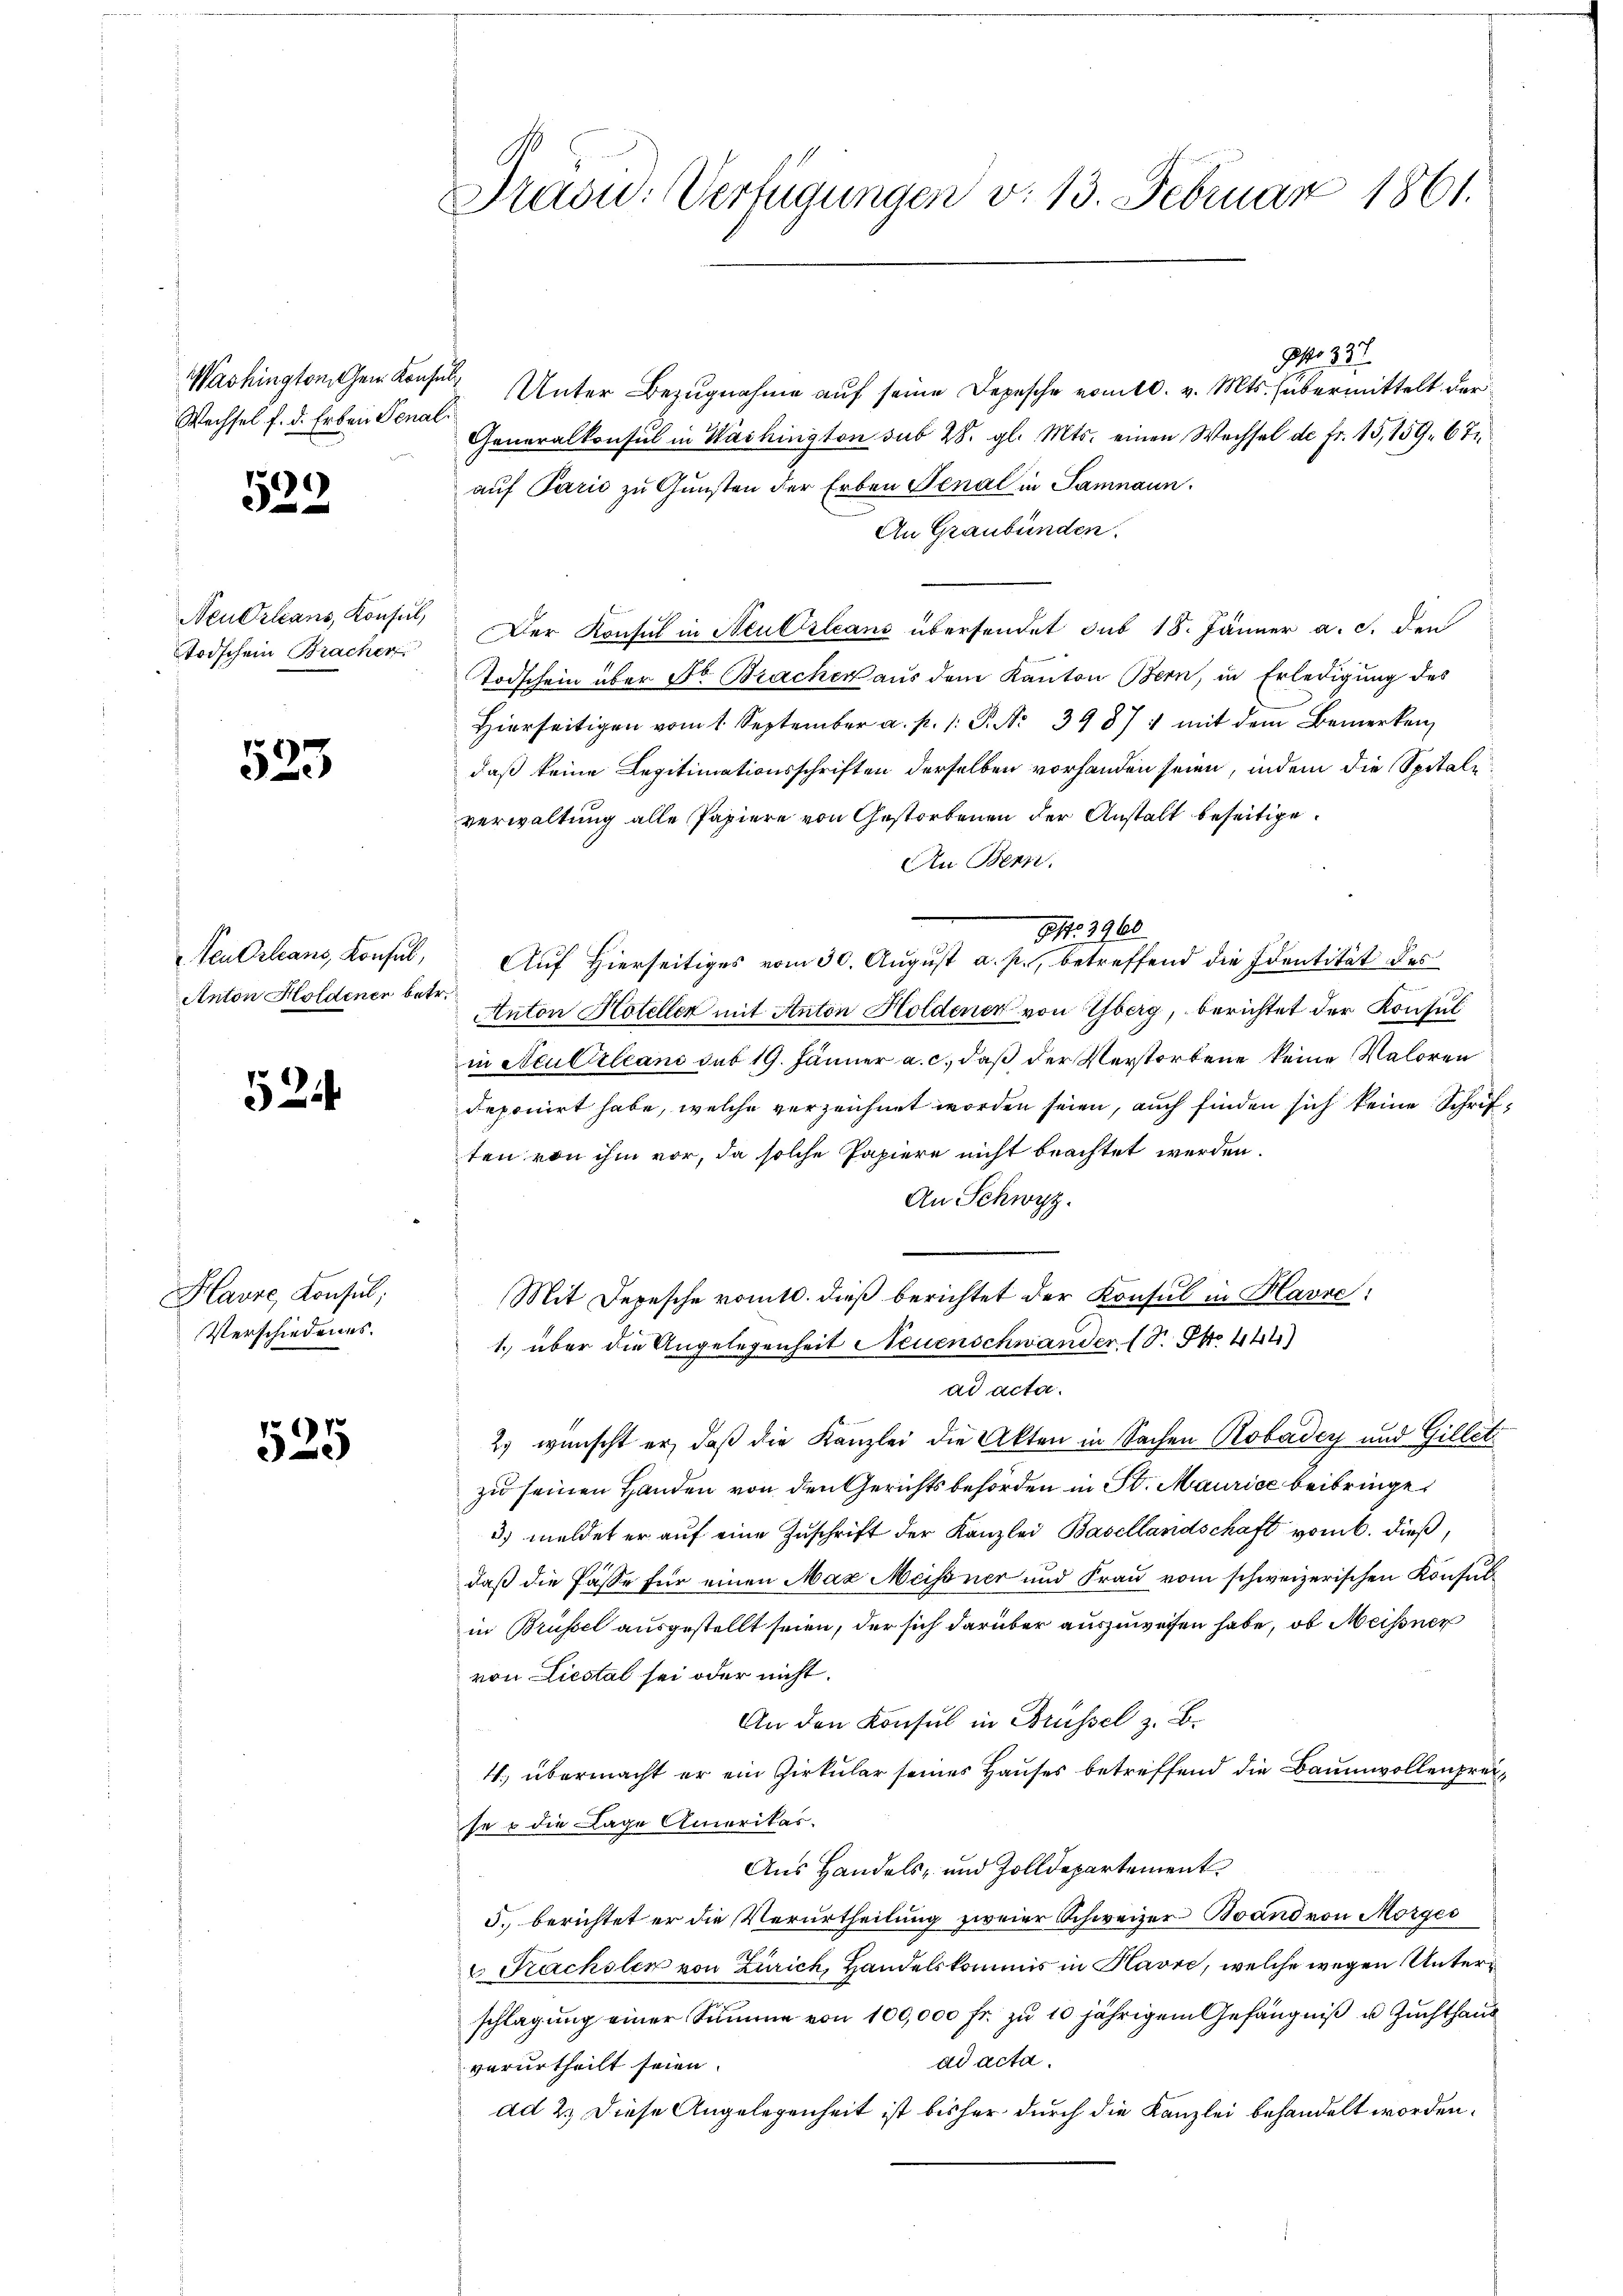
Washington Gen. Konfe
Wechsel f. d. Erben Senat

160)
di

Neudrleans, Konsul,
toischen Bracher

523

Neu Orleans, Konsul,
Anton Holdener bet

524

Havre, Konsul;
Verschiedenes.

525

Präsid. Verfügungen v. 13. Februar 1861.

No 33
us Unter Bezugnahme aŭf seine Depesche vom 10. v. Mts. übermittelt der
Generalkonsul in Washington sub 28. gl. Mts. einen Wechsel de fr. 15, 159. 67.
auf Parić zu Gunsten der Erben Senal in Samnaun.
An Graubünden.
Der Konsul in Neu Orleans übersendet sub 18. Jänner a. c. den
Todschein über Fr. Bracher aus dem Kanton Bern, in Erledigung des
Hierseitigen vom 1. September a. p. 1. P. Nr. 39871 mit dem Bemerken
daß keine Legitimationsschriften derselben vorhanden seien, indem die Spitalverwaltung alle Papiere von Gestorbenen der Anstalt beseitige.
An Bern.
Auf Hierseitiges vom 30. August a. p., betreffend die Identität des
Anton Koteller mit Anton Holdener von Yberg, berichtet der Konsul
in Aculirlcani sub 19. Jänner a. c., daß der Verstorbene keine Valoren
deponirt habe, welche verzeichnet worden seien, auch finden sich keine Schriften von ihm vor, da solche Papiere nicht beachtet werden.
An Schwyz.
Mit Depesche vomtl. dieß berichtet der Konsul in Havre:
1. über die Angelegenheit Neuenschwander (S. S. 444)
ad acta.
2.) wünscht er, daß die Kanzlei die Akten in Sachen Robadey und Gillet
zu seinen Handen von den Gerichtsbehörden in St. Maurice beibringe¬
3) meldet er auf eine Zuschrift der Kanzlei Basellandschaft vom 6. dieß,
daß die Pässe für einen Max Meissner und Frau vom schweizerischen Konsul
in Brüssel ausgestellt seien, der sich darüber auszuweisen habe, ob Meißner
von Liestal sei oder nicht.
An den Konsul in Brüssel z. B.
4. übermacht er ein Zirkular seines Hauses betreffend die Baumwollenpreise o die Lage Amerikas.
Aus Handels- und Zolldepartement
5. berichtet er die Verurtheilung zweier Schweizer Brand von Morges
 Kachsler von Zürich, Handelskommis in Havre, welche wegen Unterschlagung einer Summe von 100,000 fr. zu 10 jährigem Gefängniß u Zuchthaus
ad acta.
verurtheilt seien.
ad 2.) Diese Angelegenheit ist bisher durch die Kanzlei behandelt worden.

G. 3960